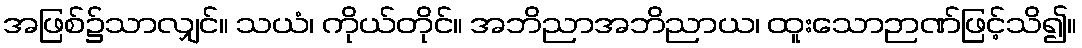
အဖြစ်၌သာလျှင်။ သယံ၊ ကိုယ်တိုင်။ အဘိညာအဘိညာယ၊ ထူးသောဉာဏ်ဖြင့်သိ၍။